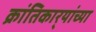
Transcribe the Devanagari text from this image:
क्रांतिकार्‍यांच्या